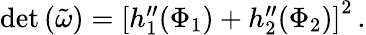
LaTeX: \begin{array}{r}{\mathrm{det}\left(\tilde{\omega}\right)=\left[h_{1}^{\prime\prime}(\Phi_{1})+h_{2}^{\prime\prime}(\Phi_{2})\right]^{2}\, .}\end{array}